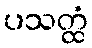
ပသတ္ထံ